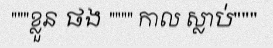
"""ខ្លួន ផង """" កាល ស្លាប់"""